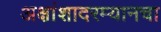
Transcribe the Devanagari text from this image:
अक्षांशादरम्यानचा